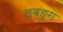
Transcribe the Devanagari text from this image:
लवङ्ग